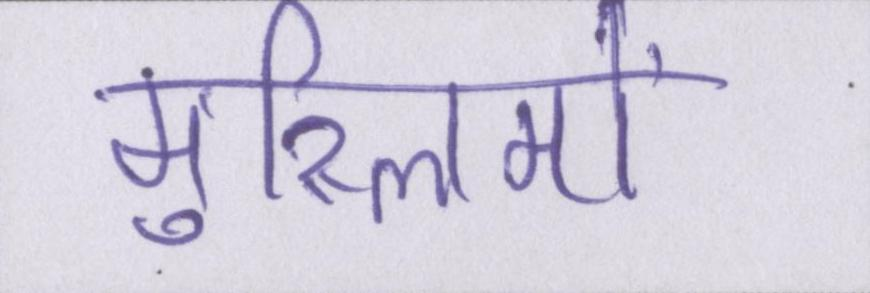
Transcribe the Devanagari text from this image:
मुस्लिमों